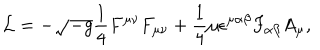
{ \cal L } = - \sqrt { - g } { \frac { 1 } { 4 } } F ^ { \mu \nu } F _ { \mu \nu } + { \frac { 1 } { 4 } } \mu \epsilon ^ { \mu \alpha \beta } F _ { \alpha \beta } A _ { \mu } ,